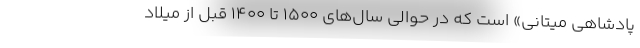
پادشاهی میتانی» است که در حوالی سال‌های 1500 تا 1400 قبل از میلاد